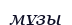
мұзы